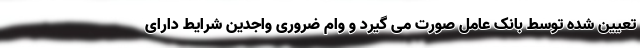
تعیین شده توسط بانک عامل صورت می گیرد و وام ضروری واجدین شرایط دارای